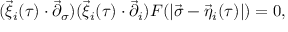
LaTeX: ( \vec { \xi } _ { i } ( \tau ) \cdot { \vec { \partial } } _ { \sigma } ) ( \vec { \xi } _ { i } ( \tau ) \cdot { \vec { \partial } } _ { i } ) F ( | \vec { \sigma } - \vec { \eta } _ { i } ( \tau ) | ) = 0 ,